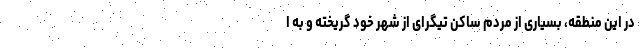
در این منطقه، بسیاری از مردم ساکن تیگرای از شهر خود گریخته و به ا